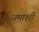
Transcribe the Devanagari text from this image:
नमाशी